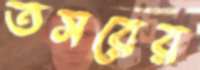
তসরের